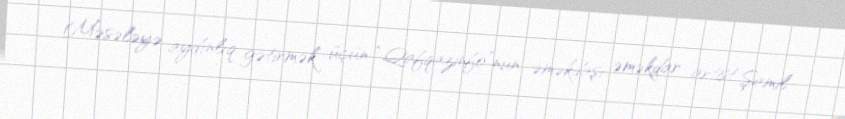
Məsələyə aydınlıq gətirmək üçün “Qafqazinfo”nun əməkdaşı əməkdar artist Şamil